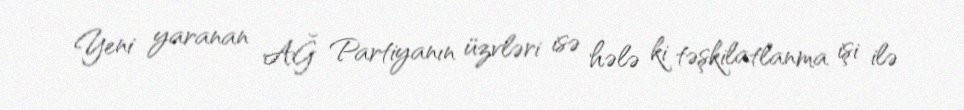
Yeni yaranan AĞ Partiyanın üzvləri isə hələ ki təşkilatlanma işi ilə